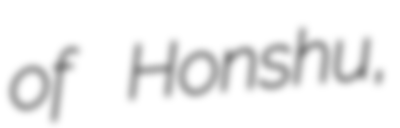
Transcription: of Honshu,